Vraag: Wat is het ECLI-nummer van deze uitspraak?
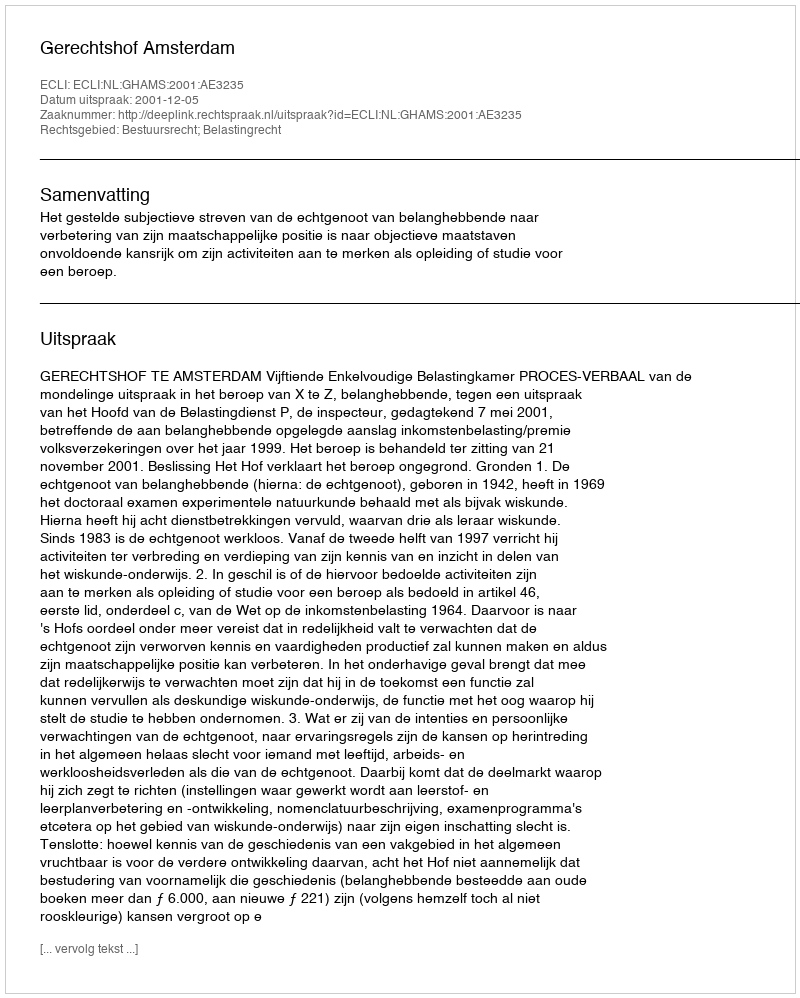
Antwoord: ECLI:NL:GHAMS:2001:AE3235